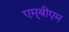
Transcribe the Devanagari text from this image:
एम्‌बीएम